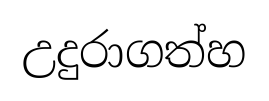
උදුරාගත්හ